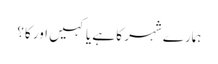
ہمارے شہر کا ہے یا کہیں اور کا؟